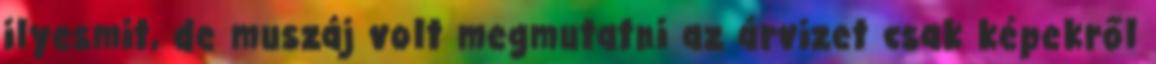
ilyesmit, de muszáj volt megmutatni az árvizet csak képekről